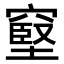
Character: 𥧬